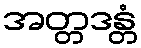
အတ္တဒန္တံ